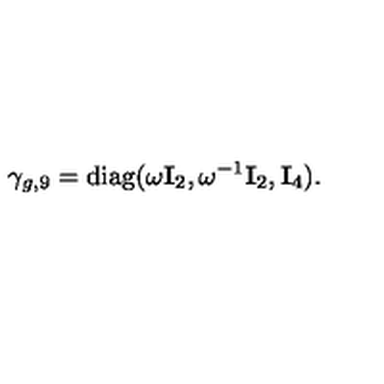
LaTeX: \gamma _ { g , 9 } = { \mathrm { d i a g } } ( \omega { \bf I } _ { 2 } , \omega ^ { - 1 } { \bf I } _ { 2 } , { \bf I } _ { 4 } ) .